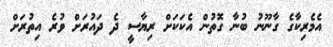
އެމެރިކާގެ ގާނޫނު ބުނާ ގޮތުން އެކަކަށް ރިޔާސީ ދެ ދައުރަށް ވުރެ އިތުރަށް